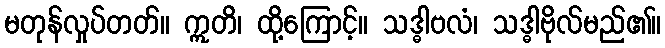
မတုန်လှုပ်တတ်။ ဣတိ၊ ထို့ကြောင့်။ သဒ္ဓါဗလံ၊ သဒ္ဓါဗိုလ်မည်၏။